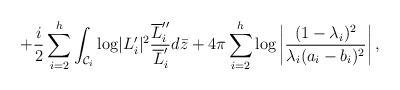
LaTeX: \begin{align*}+{i\over 2}\sum_{i=2}^h\int_{{\cal C}_i}{\log}|L_i'|^2{{\overline L_i''} \over {\overline L_i'}}d\bar z+4\pi\sum_{i=2}^h{\log}\left|{(1-\lambda_i)^2 \over \lambda_i(a_i-b_i)^2}\right|,\end{align*}